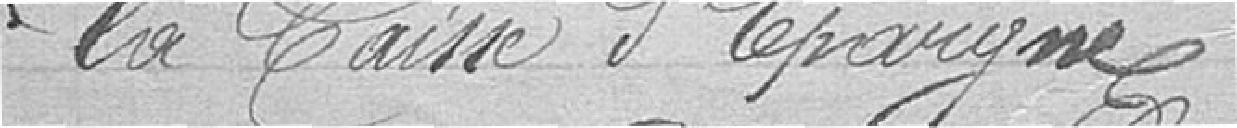
la Caisse d'Epargne.